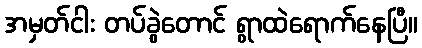
အမှတ်ငါး တပ်ခွဲတောင် ရွာထဲရောက်နေပြီ။